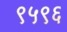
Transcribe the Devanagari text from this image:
९५९६